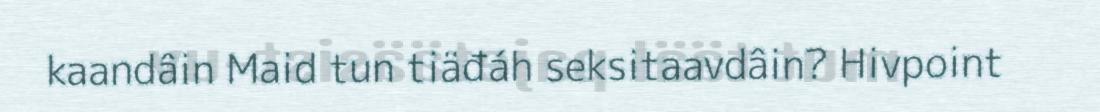
kaandâin Maid tun tiäđáh seksitaavdâin? Hivpoint